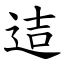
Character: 迼